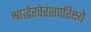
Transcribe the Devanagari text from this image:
श्राद्धेरवेरंशपरिक्ष्ये